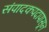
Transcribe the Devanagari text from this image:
संपादकपदापासून